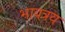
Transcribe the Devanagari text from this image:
भावत्रय